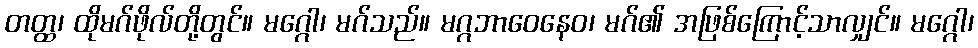
တတ္ထ၊ ထိုမဂ်ဖိုလ်တို့တွင်။ မဂ္ဂေါ၊ မဂ်သည်။ မဂ္ဂဘာဝေနေဝ၊ မဂ်၏ အဖြစ်ကြောင့်သာလျှင်။ မဂ္ဂေါ၊